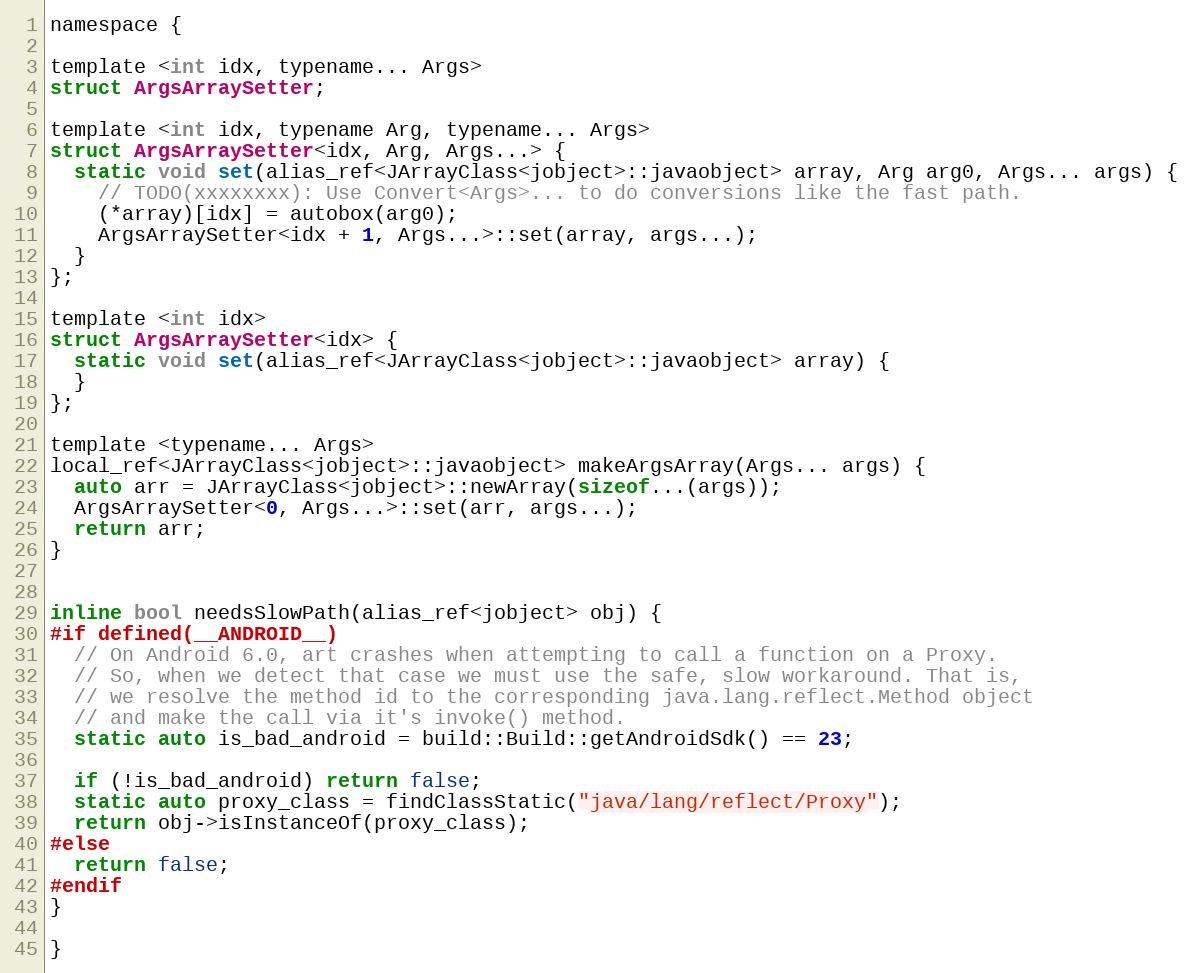
Language: C
namespace {

template <int idx, typename... Args>
struct ArgsArraySetter;

template <int idx, typename Arg, typename... Args>
struct ArgsArraySetter<idx, Arg, Args...> {
  static void set(alias_ref<JArrayClass<jobject>::javaobject> array, Arg arg0, Args... args) {
    // TODO(xxxxxxxx): Use Convert<Args>... to do conversions like the fast path.
    (*array)[idx] = autobox(arg0);
    ArgsArraySetter<idx + 1, Args...>::set(array, args...);
  }
};

template <int idx>
struct ArgsArraySetter<idx> {
  static void set(alias_ref<JArrayClass<jobject>::javaobject> array) {
  }
};

template <typename... Args>
local_ref<JArrayClass<jobject>::javaobject> makeArgsArray(Args... args) {
  auto arr = JArrayClass<jobject>::newArray(sizeof...(args));
  ArgsArraySetter<0, Args...>::set(arr, args...);
  return arr;
}

inline bool needsSlowPath(alias_ref<jobject> obj) {
#if defined(__ANDROID__)
  // On Android 6.0, art crashes when attempting to call a function on a Proxy.
  // So, when we detect that case we must use the safe, slow workaround. That is,
  // we resolve the method id to the corresponding java.lang.reflect.Method object
  // and make the call via it's invoke() method.
  static auto is_bad_android = build::Build::getAndroidSdk() == 23;

  if (!is_bad_android) return false;
  static auto proxy_class = findClassStatic("java/lang/reflect/Proxy");
  return obj->isInstanceOf(proxy_class);
#else
  return false;
#endif
}

}